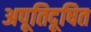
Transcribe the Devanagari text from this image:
अपूतिदूषित